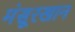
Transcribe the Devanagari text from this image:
मंसूरखान